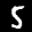
Label: 5